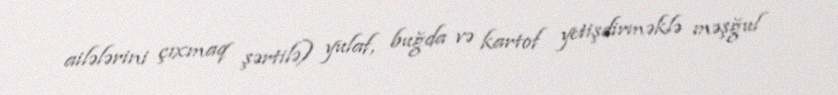
ailələrini çıxmaq şərtilə) yulaf, buğda və kartof yetişdirməklə məşğul